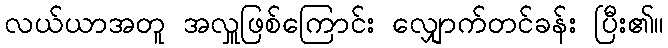
လယ်ယာအတူ အလှူဖြစ်ကြောင်း လျှောက်တင်ခန်း ပြီး၏။